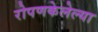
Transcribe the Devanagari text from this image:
रोपणकेलेल्या